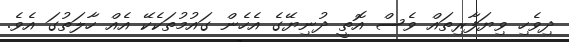
ދިވެހި ވިޔަފާރިތައް ވެސް އޮތީ ދުނިޔޭގެ އެހެން ގައުމުތަކެކޭ އެއް ހާލަތުގަ އެވެ.